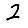
Digit: 2